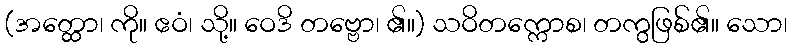
(အတ္ထော၊ ကို။ ဧဝံ၊ သို့။ ဝေဒိ တဗ္ဗော၊ ၏။) သဝိတက္ကောစ၊ တကွဖြစ်၏။ သော၊